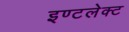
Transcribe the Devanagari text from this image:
इण्टलेक्ट